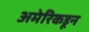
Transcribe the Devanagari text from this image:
अमेरिकडून